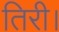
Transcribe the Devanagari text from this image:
तिरी।